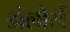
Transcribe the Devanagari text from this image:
डोलोर्स